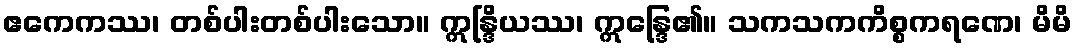
ဧကေကဿ၊ တစ်ပါးတစ်ပါးသော။ ဣန္ဒြိယဿ၊ ဣန္ဒြေ၏။ သကသကကိစ္စကရဏေ၊ မိမိ